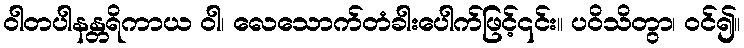
ဝါတပါနန္တရိကာယ ဝါ၊ လေသောက်တံခါးပေါက်ဖြင့်၎င်း။ ပဝိသိတွာ၊ ဝင်၍။